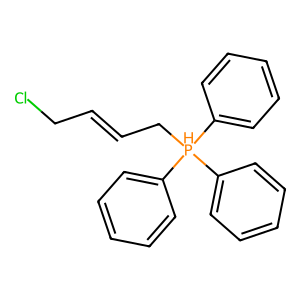
SMILES: ClCC=CC[PH](c1ccccc1)(c1ccccc1)c1ccccc1
Inhibits HIV replication: No